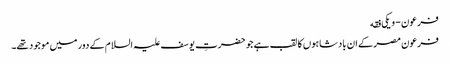
فرعون - ویکی فقه
فرعون مصر کے ان بادشاہوں کا لقب ہے جو حضرتِ یوسف علیہ السلام کے دور میں موجود تھے۔